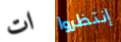
ات إنتظروا